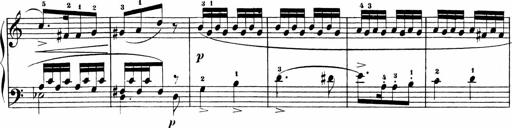
Title: Sonatinen Op.47, 98 und 136, nebst 6 Liedersonatinen
Composer: Carl Reinecke